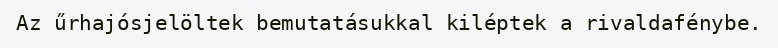
Az űrhajósjelöltek bemutatásukkal kiléptek a rivaldafénybe.